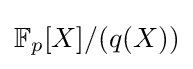
\mathbb {F} _{p}[X]/(q(X))